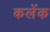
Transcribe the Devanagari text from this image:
कलेंक